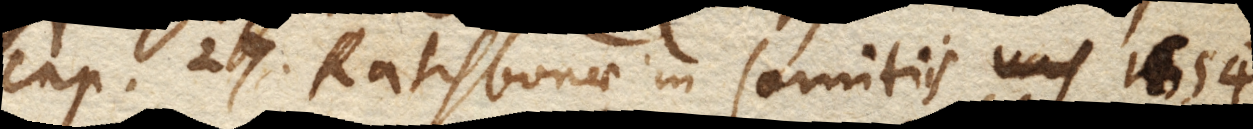
Cap. 27 Ratisbonae in Comitiis vas 1654.